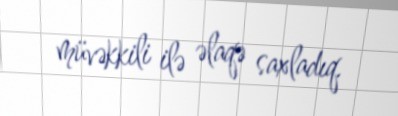
müvəkkili ilə əlaqə saxladıq.